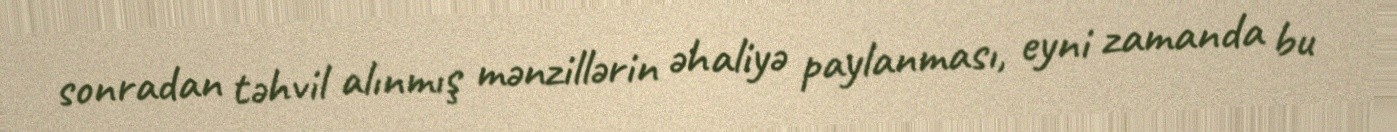
sonradan təhvil alınmış mənzillərin əhaliyə paylanması, eyni zamanda bu